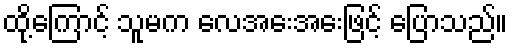
ထို့ကြောင့် သူမက လေအေးအေးဖြင့် ပြောသည်။